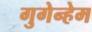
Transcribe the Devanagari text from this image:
गुगेन्हेम